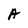
Character: A